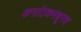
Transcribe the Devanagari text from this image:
कर्नाटकमधूनच